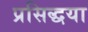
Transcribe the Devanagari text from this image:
प्रसिद्धया